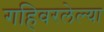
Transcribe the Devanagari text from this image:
गहिवरलेल्या